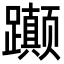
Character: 𬧚